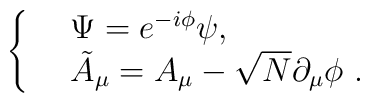
\left\{\begin{array}{ll} &\Psi=e^{-i\phi}\psi,\ \ \ \ \ \\ &\tilde{A}_\mu=A_\mu-\sqrt{N}\partial_\mu \phi \ .\ \ \ \ \ \end{array}\right.